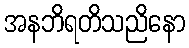
အနဘိရတိသညိနော